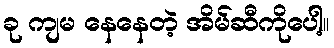
ခု ကျမ နေနေတဲ့ အိမ်ဆီကိုပေါ့။